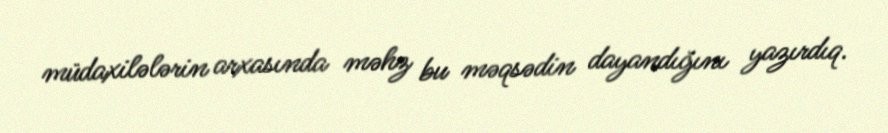
müdaxilələrin arxasında məhz bu məqsədin dayandığını yazırdıq.